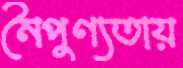
নৈপুণ্যতায়